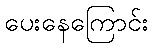
ပေးနေကြောင်း